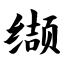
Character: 缬